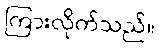
ကြားလိုက်သည်။